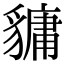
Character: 𧴄